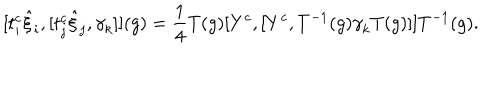
LaTeX: [ t _ { i } ^ { c } { \hat { \xi } } _ { i } , [ t _ { j } ^ { c } { \hat { \xi } } _ { j } , { \gamma } _ { k } ] ] ( g ) = \frac { 1 } { 4 } T ( g ) [ Y ^ { c } , [ Y ^ { c } , T ^ { - 1 } ( g ) { \gamma } _ { k } T ( g ) ] ] T ^ { - 1 } ( g ) .